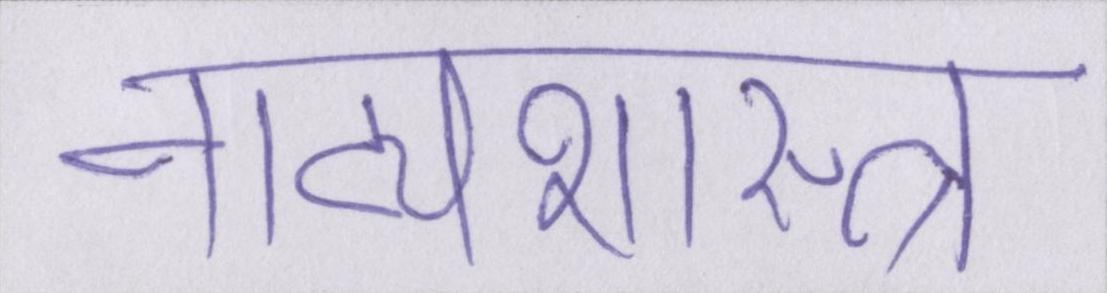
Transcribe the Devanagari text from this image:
नाट्यशास्त्र